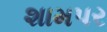
શામપર